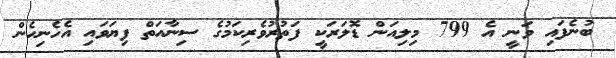
ބުނެފައި ވަނީ އެ 799 މިލިއަން ޑޮލަރަކީ ފަތުރުވެރިކަމުގެ ސިނާއަތް ފިޔަވައި އެހެނިހެން